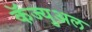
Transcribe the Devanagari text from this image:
कॅज्युअल